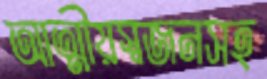
আত্মীয়স্বজনসহ